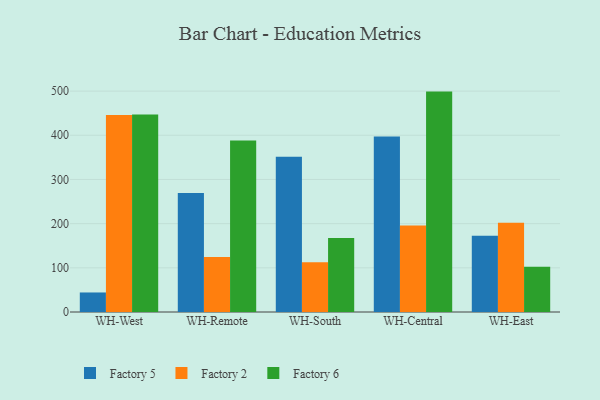
{"axis": {"x": "Warehouse", "y": "Churn Rate (%)"}, "legend": ["Factory 2", "Factory 5", "Factory 6"], "data": [{"x": "WH-West", "y": 44.2, "type": "Factory 5"}, {"x": "WH-West", "y": 445.7, "type": "Factory 2"}, {"x": "WH-West", "y": 447.2, "type": "Factory 6"}, {"x": "WH-Remote", "y": 269.6, "type": "Factory 5"}, {"x": "WH-Remote", "y": 124.4, "type": "Factory 2"}, {"x": "WH-Remote", "y": 388.0, "type": "Factory 6"}, {"x": "WH-South", "y": 351.6, "type": "Factory 5"}, {"x": "WH-South", "y": 112.5, "type": "Factory 2"}, {"x": "WH-South", "y": 167.4, "type": "Factory 6"}, {"x": "WH-Central", "y": 397.2, "type": "Factory 5"}, {"x": "WH-Central", "y": 196.0, "type": "Factory 2"}, {"x": "WH-Central", "y": 498.9, "type": "Factory 6"}, {"x": "WH-East", "y": 172.4, "type": "Factory 5"}, {"x": "WH-East", "y": 202.1, "type": "Factory 2"}, {"x": "WH-East", "y": 102.7, "type": "Factory 6"}]}